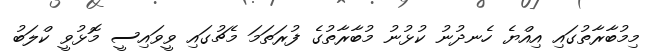
މިމުބާރާތުގައި އިއްޔެ ހެނދުނު ކުޅުނު މުބާރާތުގެ ފުރަތަމަ މެޗުގައި ވީވައިސީ މޮޅުވީ ކްލަބު